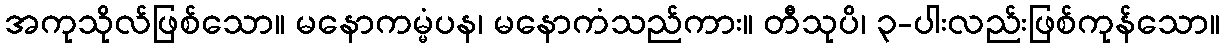
အကုသိုလ်ဖြစ်သော။ မနောကမ္မံပန၊ မနောကံသည်ကား။ တီသုပိ၊ ၃-ပါးလည်းဖြစ်ကုန်သော။